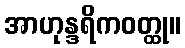
အာဟုန္ဒရိကဝတ္ထု။